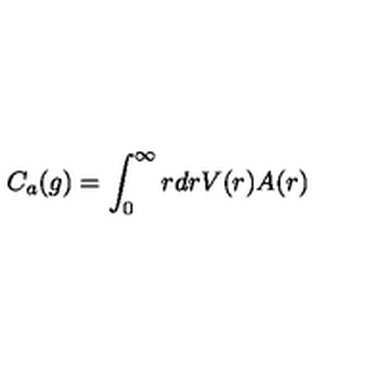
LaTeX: C _ { a } ( g ) = \int _ { 0 } ^ { \infty } r d r V ( r ) A ( r )